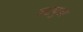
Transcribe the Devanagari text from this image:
स्टपुल